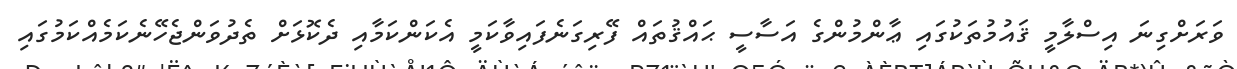
ވަރަށްގިނަ އިސްލާމީ ޤައުމުތަކުގައި ޢާންމުންގެ އަސާސީ ޙައްޤުތައް ފޭރިގަނެފައިވާކަމީ އެކަންކަމާއި ދެކޮޅަށް ތެދުވަންޖެހޭނެކަމެއްކަމުގައި